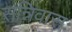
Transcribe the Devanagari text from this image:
सन्निवासः